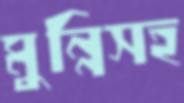
মুন্নিসহ